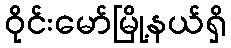
ဝိုင်းမော်မြို့နယ်ရှိ